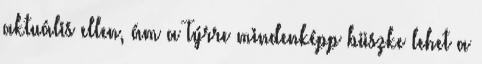
aktuális ellen, ám a Týrre mindenképp büszke lehet a